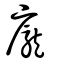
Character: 龐